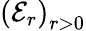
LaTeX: ({\mathcal E_{r})}_{r>0}